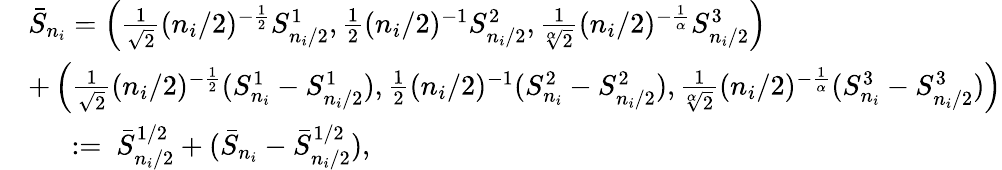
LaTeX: \begin{array}{rl}&{\bar{S}_{n_{i}}=\left(\frac{1}{\sqrt{2}}(n_{i}/2)^{-\frac{1}{2}}S_{n_{i}/2}^{1},\frac{1}{2}(n_{i}/2)^{-1}S_{n_{i}/2}^{2},\frac{1}{\sqrt[\alpha]{2}}(n_{i}/2)^{-\frac{1}{\alpha}}S_{n_{i}/2}^{3}\right)}\\ &{+\left(\frac{1}{\sqrt{2}}(n_{i}/2)^{-\frac{1}{2}}(S_{n_{i}}^{1}-S_{n_{i}/2}^{1}),\frac{1}{2}(n_{i}/2)^{-1}(S_{n_{i}}^{2}-S_{n_{i}/2}^{2}),\frac{1}{\sqrt[\alpha]{2}}(n_{i}/2)^{-\frac{1}{\alpha}}(S_{n_{i}}^{3}-S_{n_{i}/2}^{3})\right)}\\ &{\mathrm{\ ~\ ~\ }:=\ \bar{S}_{n_{i}/2}^{1/2}+(\bar{S}_{n_{i}}-\bar{S}_{n_{i}/2}^{1/2}),}\end{array}